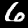
Digit: 6